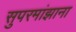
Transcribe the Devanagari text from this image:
सुपरमांझाना